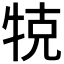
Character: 𤙥